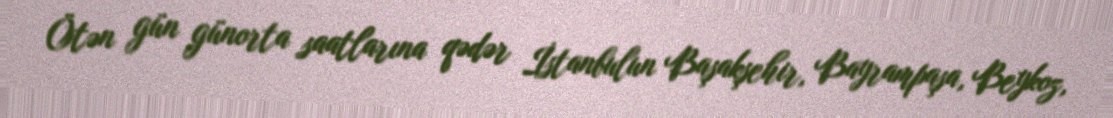
Ötən gün günorta saatlarına qədər İstanbulun Başakşehir, Bayrampaşa, Beykoz,